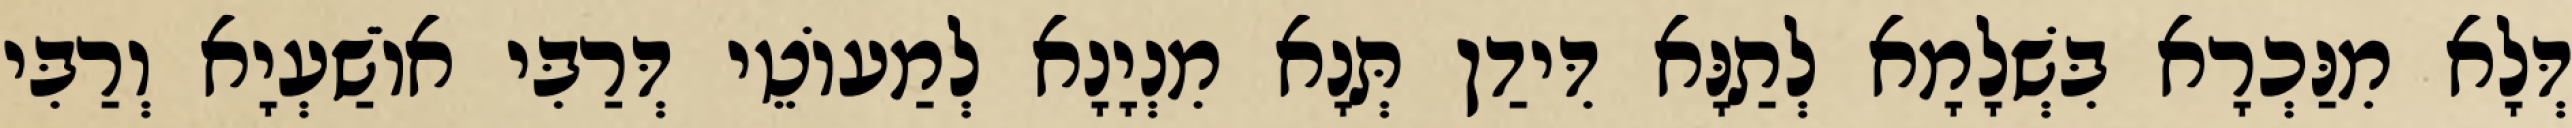
דְּלָא מִנַּכְרָא בִּשְׁלָמָא לְתַנָּא דִּידַן תְּנָא מִנְיָנָא לְמַעוֹטֵי דְּרַבִּי אוֹשַׁעְיָא וְרַבִּי